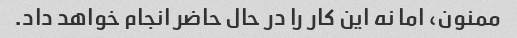
ممنون، اما نه این کار را در حال حاضر انجام خواهد داد.